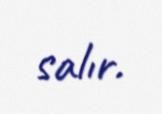
salır.